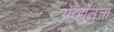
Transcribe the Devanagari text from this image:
ॲव्हॉनचा